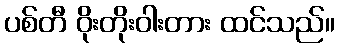
ပစ်တီ ဝိုးတိုးဝါးတား ထင်သည်။